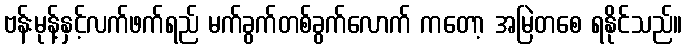
ဗန်းမုန့်နှင့်လက်ဖက်ရည် မက်ခွက်တစ်ခွက်လောက် ကတော့ အမြဲတစေ ရနိုင်သည်။